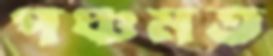
পঞ্চমত